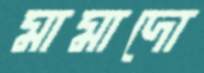
মামাদো